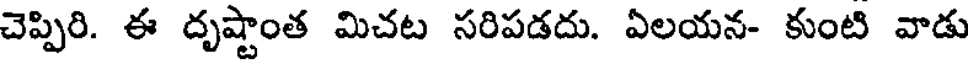
చెప్పిరి. ఈ దృష్టాంత మిచట సరిపడదు. ఏలయన- కుంటి వాడు